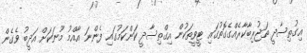
އިގުތިސާދީ ތަޖުރިބާކާރެއްގެގޮތުގައި ޓީވީތަކުން އިގްތިސާދީ ކަންކަމުގައި ފެންނަ އާއްމު މޫނަކަށް އަދީބު ވެގެން